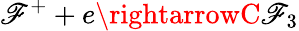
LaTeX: \mathscr{F}^{+}+e\rightarrowC\mathscr{F}_{3}